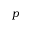
p